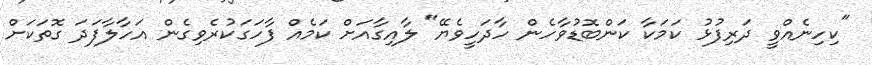
"ކިހިނެއްވީ ދަރިފުޅު ކަމަކާ ކަންބޮޑުވާހެން ހާދަހީވެޔޭ" ލާއިގާއަށް ކަމެއް ފާހަގަކުރެވިގެން އަހާލާފަދަ ގޮތަކަށް